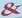
&